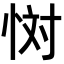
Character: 𢙪